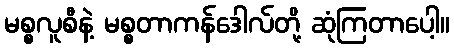
မစ္စလူစီနဲ့ မစ္စတာကန်ဒေါလ်တို့ ဆုံကြတာပေါ့။